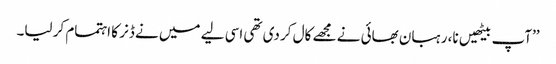
’’آپ بیٹھیں نا، رہبان بھائی نے مجھے کال کر دی تھی اسی لیے میں نے ڈنر کا اہتمام کر لیا۔